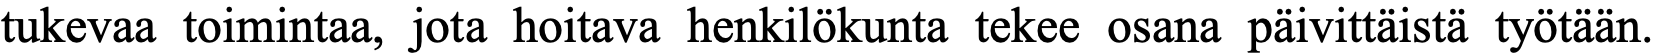
tukevaa toimintaa, jota hoitava henkilökunta tekee osana päivittäistä työtään.